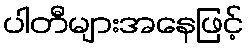
ပါတီများအနေဖြင့်